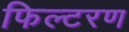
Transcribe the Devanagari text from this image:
फिल्टरण